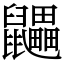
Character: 鼺